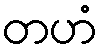
တဟံ